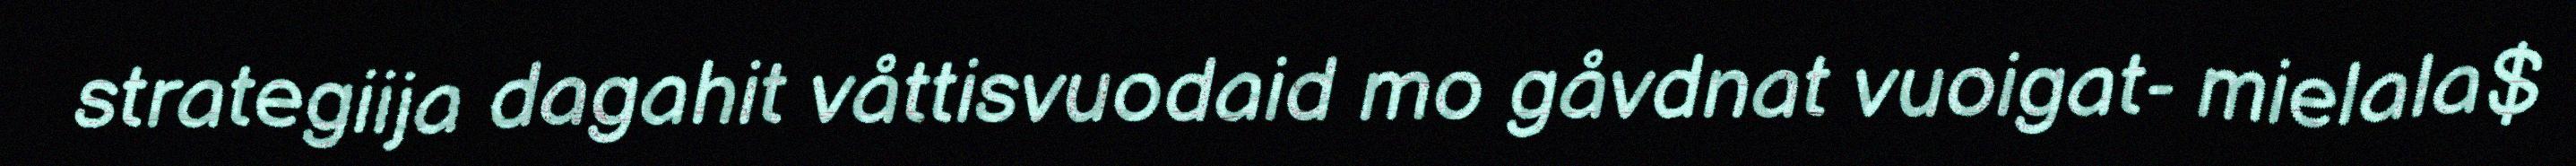
strategiija dagahit våttisvuodaid mo gåvdnat vuoigat- mielala$